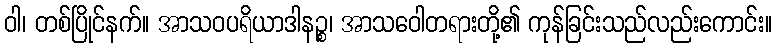
ဝါ၊ တစ်ပြိုင်နက်။ အာသဝပရိယာဒါနဉ္စ၊ အာသဝေါတရားတို့၏ ကုန်ခြင်းသည်လည်းကောင်း။